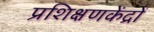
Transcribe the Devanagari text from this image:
प्रशिक्षणकेंद्रों